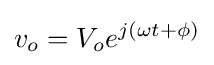
v_{o}=V_{o}e^{j(\omega t+\phi )}